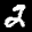
Label: 2